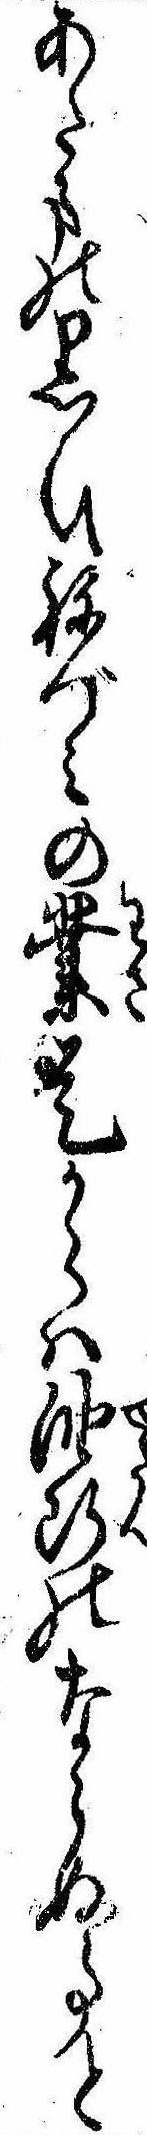
あたまの黒ひねづみの業是からは油断のならぬ事と